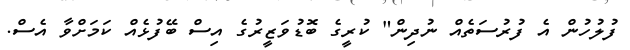
ފުލުހުން އެ ފުރުސަތެއް ނުދިން" ކުރީގެ ބޮޑުވަޒީރުގެ އިސް ބޭފުޅެއް ކަމަށްވާ އެސް.